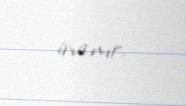
inanır.